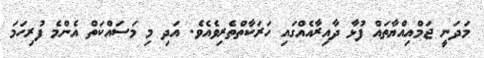
މަދަނީ ޖަމްއިއްޔާތައް ފުޅާ ދާއިރާއެއްގައި ހަރަކާތްތެރިވެއެވެ. އަދި މި މަސައްކަތް އެންމެ ފުރިހަމަ